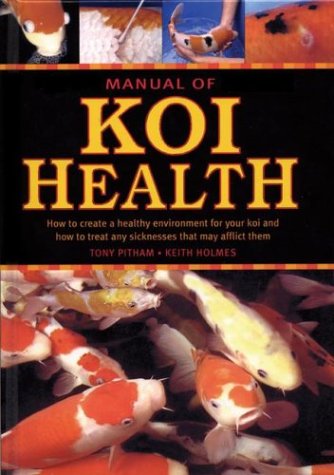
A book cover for Manual of Koi Health; Keith Holmes; Crafts, Hobbies & Home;